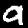
Label: 9